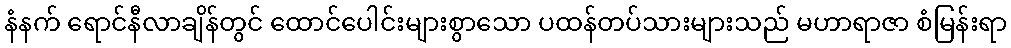
နံနက် ရောင်နီလာချိန်တွင် ထောင်ပေါင်းများစွာသော ပထန်တပ်သားများသည် မဟာရာဇာ စံမြန်းရာ